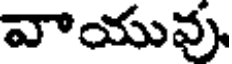
వాయువు